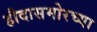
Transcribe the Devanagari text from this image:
हौदासमोरच्या